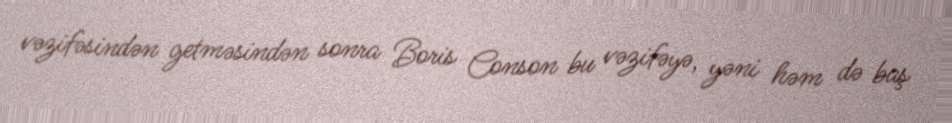
vəzifəsindən getməsindən sonra Boris Conson bu vəzifəyə, yəni həm də baş